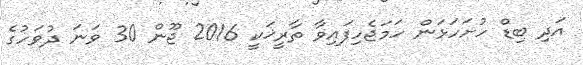
އަދި ބިޑް ހުށަހަޅަން ހަމަޖެހިފައިވާ ތާރީޚަކީ 2016 ޖޫން 30 ވަނަ ދުވަހުގެ